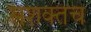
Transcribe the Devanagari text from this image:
सशक्तच